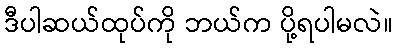
ဒီပါဆယ်ထုပ်ကို ဘယ်က ပို့ရပါမလဲ။